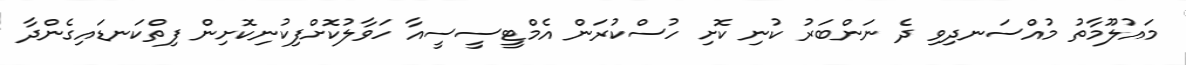
މައުލޫމާތު މުއްސަނދިވި ދެ ނަންބަރު ކުނި ކޮށި ހުސްކުރަން އެމްޓީސީސީއާ ހަވާލުކޮށްފިކުނިކޮށިން ފިތްކަނޑައިގެންދާ